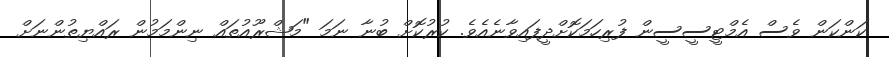
ކަންކަން ވެސް އެމްޓީސީސީން ފުރިހަމަކޮށްދީފައިވާނެއެވެ. ކުރުކޮށް ބުނާ ނަމަ "މަޝްރޫއުތައް ނިންމަމުން ރައްޔިތުންނަށް